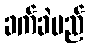
ခက်ခဲမည်